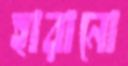
হারানো